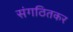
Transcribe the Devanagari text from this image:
संगठितकर